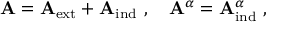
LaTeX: { \bf A } = { \bf A } _ { \mathrm { e x t } } + { \bf A } _ { \mathrm { i n d } } \ , \quad { \bf A } ^ { \alpha } = { \bf A } _ { \mathrm { i n d } } ^ { \alpha } \ ,